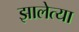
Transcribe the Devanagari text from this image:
झालेत्या